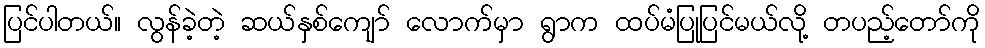
ပြင်ပါတယ်။ လွန်ခဲ့တဲ့ ဆယ်နှစ်ကျော် လောက်မှာ ရွာက ထပ်မံပြုပြင်မယ်လို့ တပည့်တော်ကို